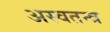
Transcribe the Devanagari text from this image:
अस्वतन्त्र